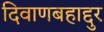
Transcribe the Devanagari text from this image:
दिवाणबहाद्दुर